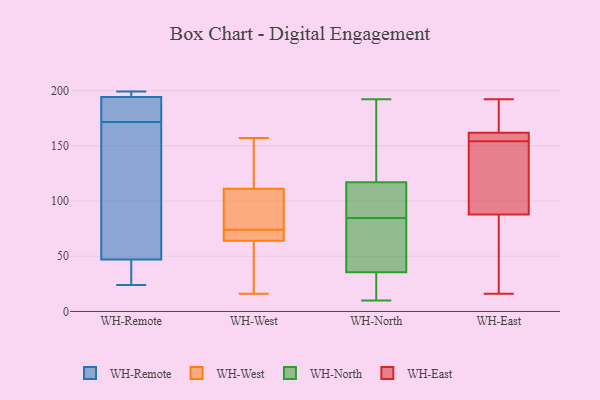
{"axis": {"x": "Revenue (USD Million)", "y": "Value"}, "legend": ["WH-East", "WH-North", "WH-Remote", "WH-West"], "data": [{"x": "", "y": 57, "type": "WH-Remote"}, {"x": "", "y": 199, "type": "WH-Remote"}, {"x": "", "y": 169, "type": "WH-Remote"}, {"x": "", "y": 197, "type": "WH-Remote"}, {"x": "", "y": 24, "type": "WH-Remote"}, {"x": "", "y": 194, "type": "WH-Remote"}, {"x": "", "y": 174, "type": "WH-Remote"}, {"x": "", "y": 179, "type": "WH-Remote"}, {"x": "", "y": 29, "type": "WH-Remote"}, {"x": "", "y": 47, "type": "WH-Remote"}, {"x": "", "y": 69, "type": "WH-West"}, {"x": "", "y": 157, "type": "WH-West"}, {"x": "", "y": 16, "type": "WH-West"}, {"x": "", "y": 113, "type": "WH-West"}, {"x": "", "y": 64, "type": "WH-West"}, {"x": "", "y": 105, "type": "WH-West"}, {"x": "", "y": 53, "type": "WH-West"}, {"x": "", "y": 121, "type": "WH-West"}, {"x": "", "y": 74, "type": "WH-West"}, {"x": "", "y": 89, "type": "WH-West"}, {"x": "", "y": 83, "type": "WH-West"}, {"x": "", "y": 64, "type": "WH-West"}, {"x": "", "y": 25, "type": "WH-West"}, {"x": "", "y": 144, "type": "WH-West"}, {"x": "", "y": 70, "type": "WH-West"}, {"x": "", "y": 154, "type": "WH-North"}, {"x": "", "y": 192, "type": "WH-North"}, {"x": "", "y": 90, "type": "WH-North"}, {"x": "", "y": 22, "type": "WH-North"}, {"x": "", "y": 90, "type": "WH-North"}, {"x": "", "y": 60, "type": "WH-North"}, {"x": "", "y": 53, "type": "WH-North"}, {"x": "", "y": 49, "type": "WH-North"}, {"x": "", "y": 10, "type": "WH-North"}, {"x": "", "y": 100, "type": "WH-North"}, {"x": "", "y": 101, "type": "WH-North"}, {"x": "", "y": 79, "type": "WH-North"}, {"x": "", "y": 13, "type": "WH-North"}, {"x": "", "y": 175, "type": "WH-North"}, {"x": "", "y": 133, "type": "WH-North"}, {"x": "", "y": 21, "type": "WH-North"}, {"x": "", "y": 163, "type": "WH-East"}, {"x": "", "y": 16, "type": "WH-East"}, {"x": "", "y": 82, "type": "WH-East"}, {"x": "", "y": 177, "type": "WH-East"}, {"x": "", "y": 157, "type": "WH-East"}, {"x": "", "y": 158, "type": "WH-East"}, {"x": "", "y": 28, "type": "WH-East"}, {"x": "", "y": 192, "type": "WH-East"}, {"x": "", "y": 105, "type": "WH-East"}, {"x": "", "y": 111, "type": "WH-East"}, {"x": "", "y": 154, "type": "WH-East"}]}